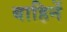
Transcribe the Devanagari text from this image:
बाहिनें